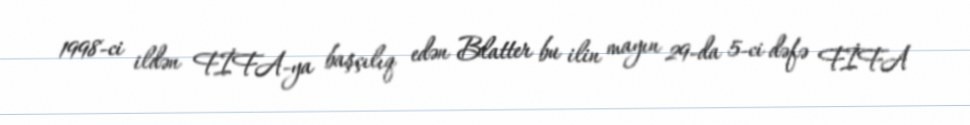
1998-ci ildən FİFA-ya başçılıq edən Blatter bu ilin mayın 29-da 5-ci dəfə FİFA